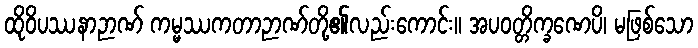
ထိုဝိပဿနာဉာဏ် ကမ္မဿကတာဉာဏ်တို့၏လည်းကောင်း။ အပဝတ္တိက္ခဏေပိ၊ မဖြစ်သော